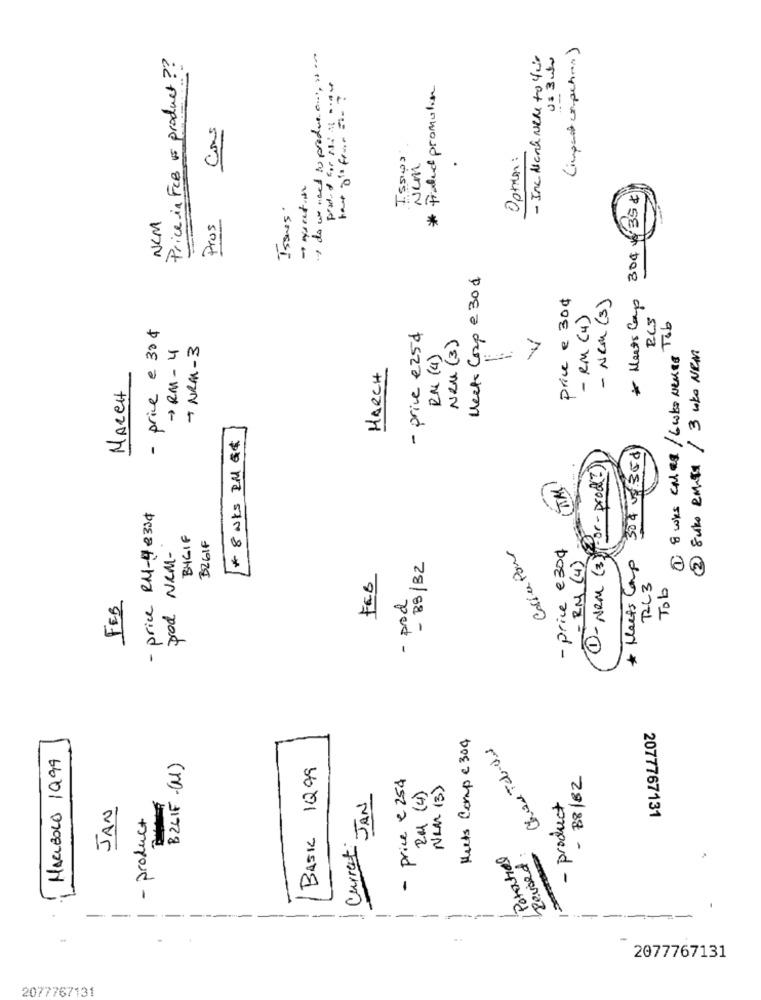
( import un schon)
Price in FCB Is product ??
do we need to producent, stara
- Inc Hand Nere to 4cr
US 3 uhr
tor o's four = = ?
* Product promotie
Issues
Option :
31
NUM
* Meets Camp 304 435¢
Issues.
NCM
Prus
---
Meet Corp e 30$
price e 30¢
- Nem (3)
- RM (4)
RCS
- price e 30 ¢
1 8 who calas / Lwko Neues Tob
- price e25d
Neu (3)
> RM- 4
+ NRM-3
2 Suko emiss /3 uko NEM
RM (4)
7
MARCH
MARCH
* 8 NKS IM &#
304 0350
por- prodi ?
- price RM-4 e334
BYGIF
BZGIF
Coffee Pour
- price e 300
prod NEM-
- RM (4)
1 - Nem (3)
* Heets Comp
- BB/BZ
FEB
RL3
Tob
- prod
FEB
Meets Comp e 304
Chan Tarde
HARIBOLO 1999
BZLIF -(M)
BASIC 1099
- price e 254
- B8/82
RM (4)
NEM (3)
JAN
JAN
- product
- product
2077767131
Current
/ Potential
Revised.
-
----
..
2077767131
2077767131